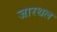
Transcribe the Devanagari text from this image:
जारथल